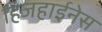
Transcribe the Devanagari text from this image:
हिजहाईनेस